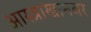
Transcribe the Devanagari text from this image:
आस्त्राखानवर